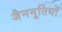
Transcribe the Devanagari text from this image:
जैनमूर्तियों